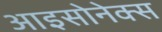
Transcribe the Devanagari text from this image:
आइसोनेक्स